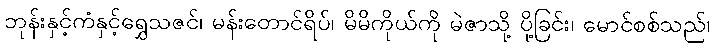
ဘုန်းနှင့်ကံနှင့်ရွှေသဇင်၊ မန်းတောင်ရိပ်၊ မိမိကိုယ်ကို မဲဇာသို့ ပို့ခြင်း၊ မောင်စစ်သည်၊